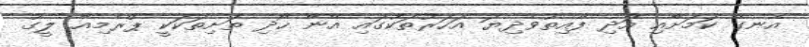
އެނގޭ ކަމަށާއި އަދި ފާއިތުވެދިޔަ އަހަރުތަކުގައި އޭނާ ހޯދި ތަށިތަކަކީ ޕްރެމިއާ ލީގު